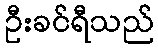
ဦးခင်ရီသည်